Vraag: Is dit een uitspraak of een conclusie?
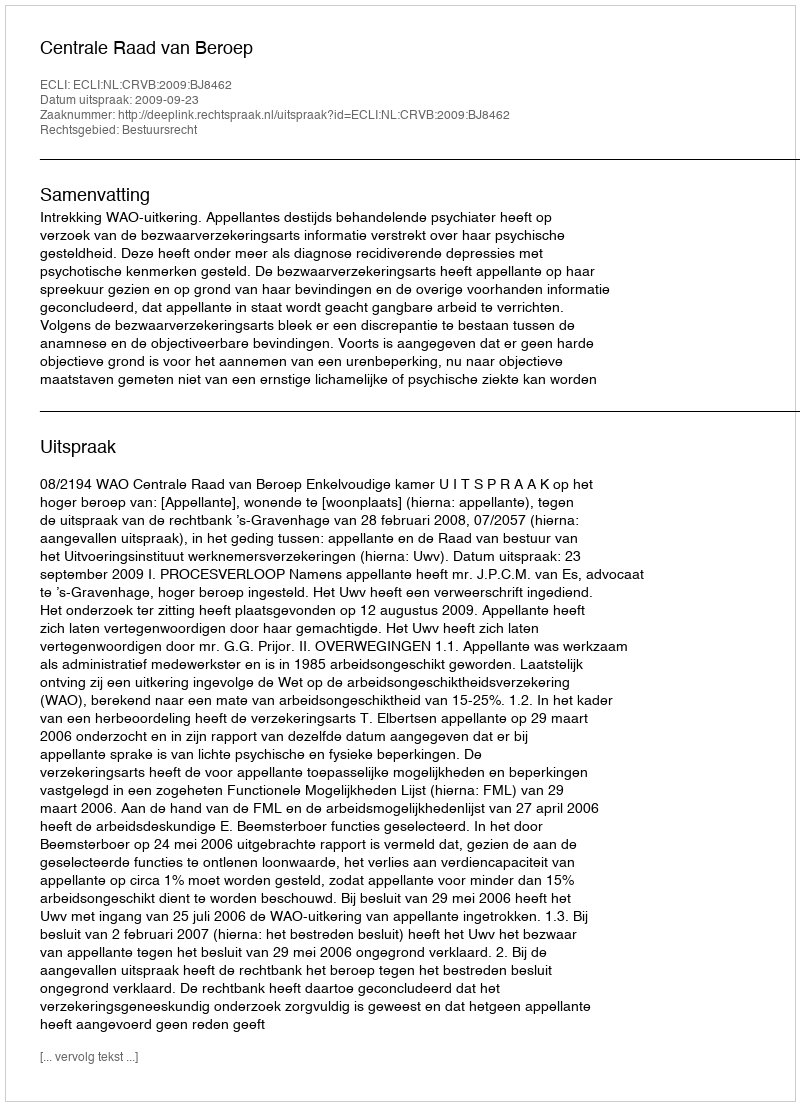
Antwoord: Uitspraak